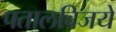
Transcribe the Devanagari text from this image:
पतालविजये